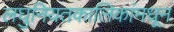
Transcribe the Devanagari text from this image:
लघुनियतकालिकांमधून